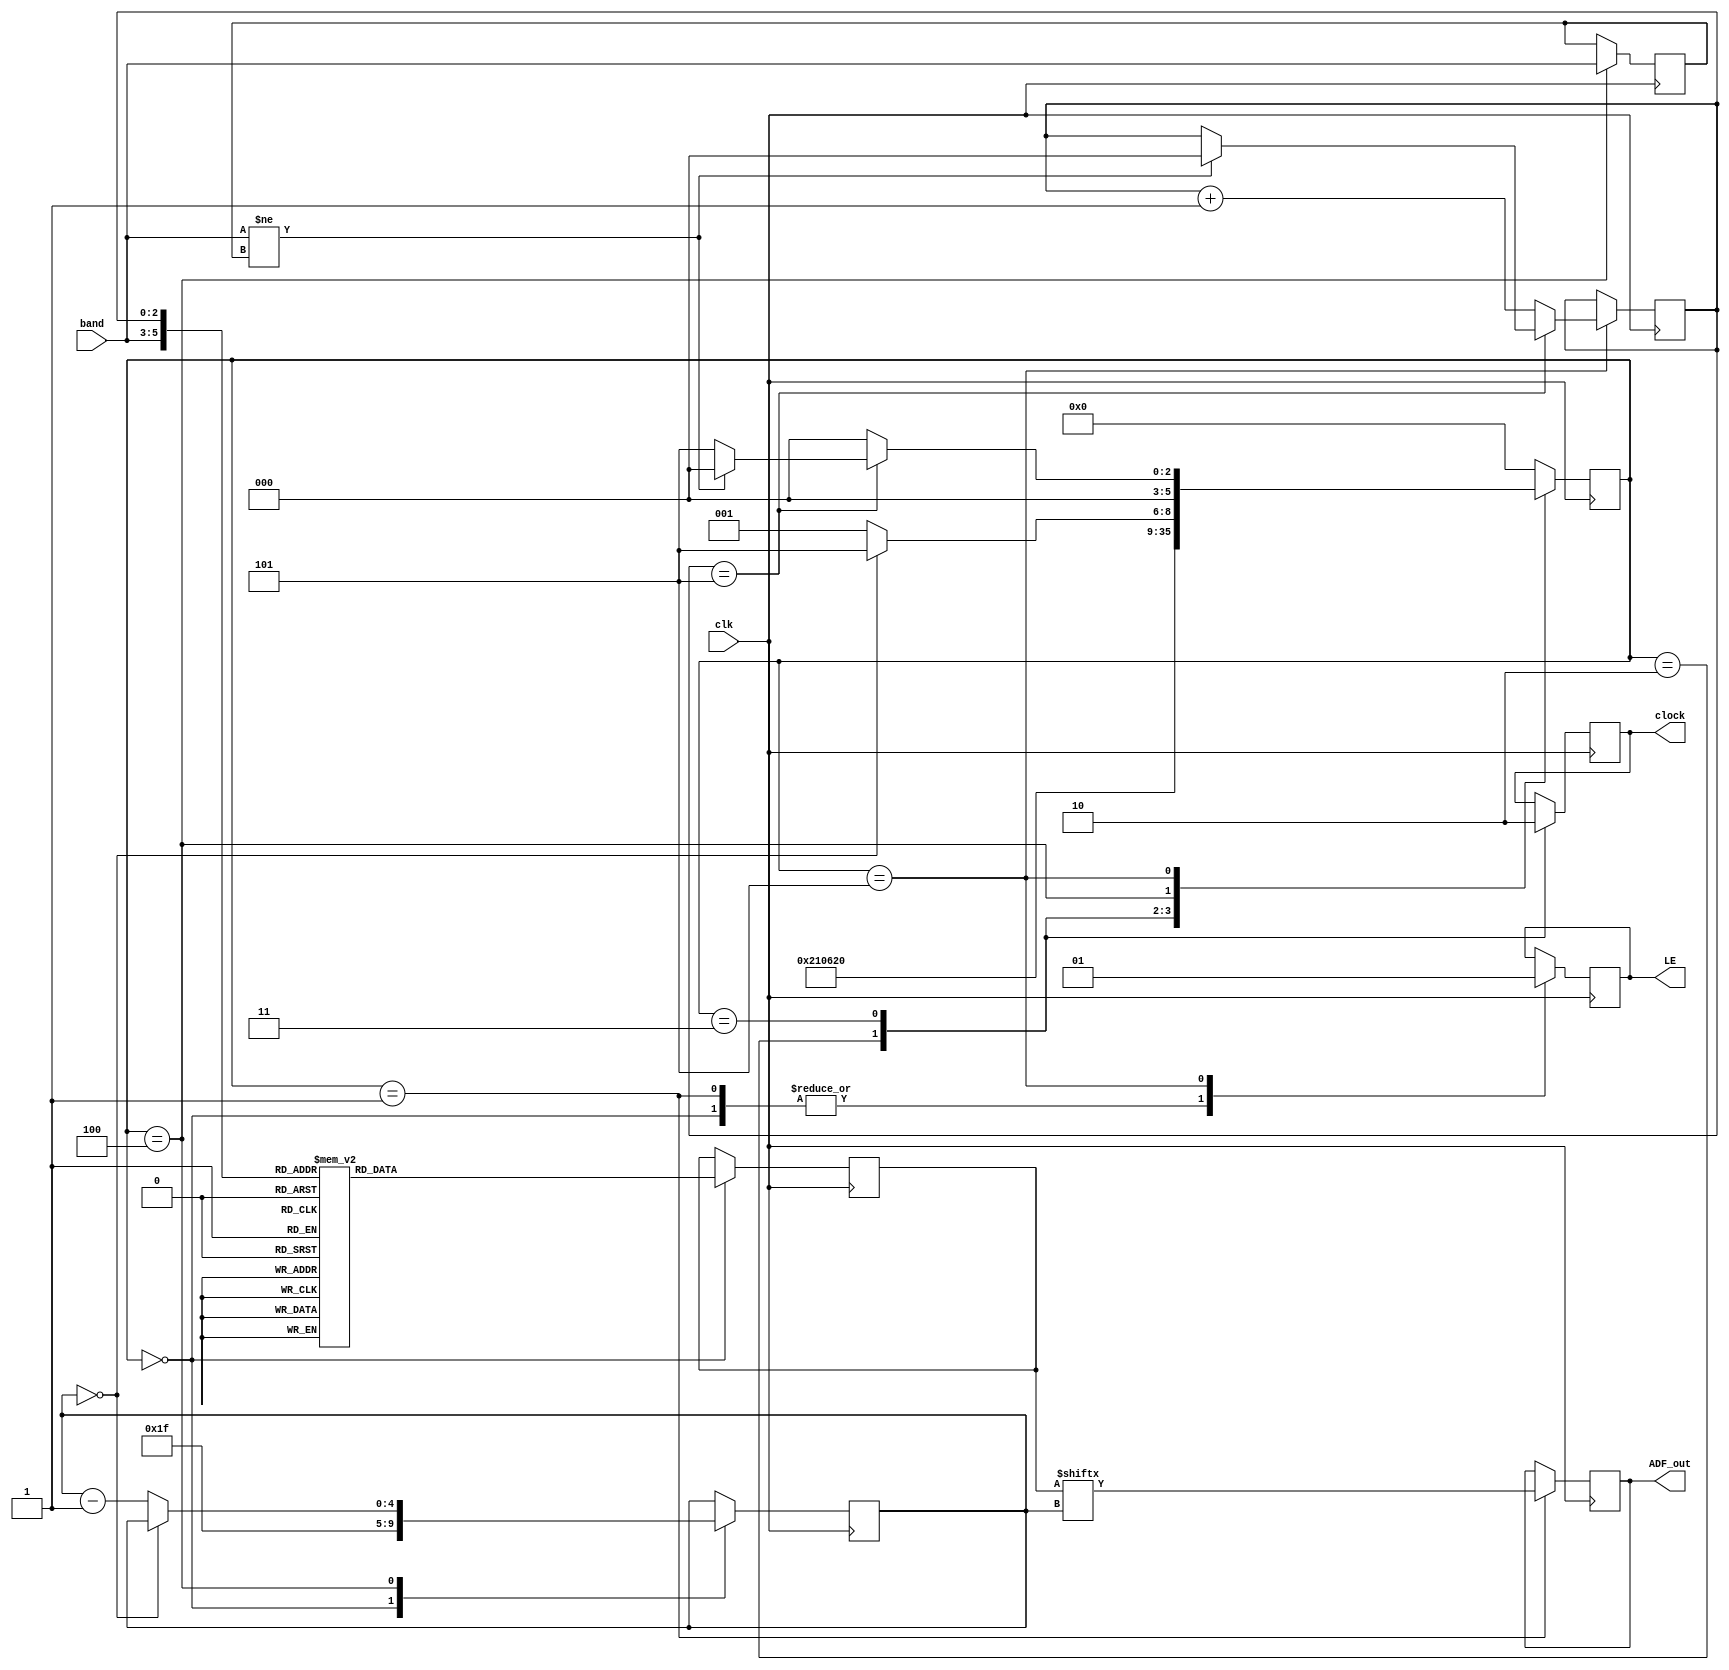
module ADF (clk, band, clock, ADF_out, LE);

input clk;								// 48 kHz

input [2:0]band;						//band data 

output reg clock;							// clock to ADF
output reg LE;						// high when Register data available
output reg ADF_out;						// data to ADF


reg ADF;
reg [5:0] write;
reg [4:0] loop_count;
reg [2:0] previous_band;



// Set up reg data to send 
always @*	
begin
  case (select)
6'b000000: REG_data=32'h580005;
6'b000001: REG_data=32'hEF603C;
6'b000010: REG_data=32'h4B3;
6'b000011: REG_data=32'h10E42;
6'b000100: REG_data=32'h8008061;
6'b000101: REG_data=32'h240058;
6'b001000: REG_data=32'h580005;
6'b001001: REG_data=32'hEF603C;
6'b001010: REG_data=32'h4B3;
6'b001011: REG_data=32'h10E42;
6'b001100: REG_data=32'h8008031;
6'b001101: REG_data=32'h340008;
6'b010000: REG_data=32'h580005;
6'b010001: REG_data=32'hDF603C;
6'b010010: REG_data=32'h4B3;
6'b010011: REG_data=32'h10E42;
6'b010100: REG_data=32'h8008041;
6'b010101: REG_data=32'h3C8038;
6'b011000: REG_data=32'h580005;
6'b011001: REG_data=32'hBF603C;
6'b011010: REG_data=32'h4B3;
6'b011011: REG_data=32'h10E42;
6'b011100: REG_data=32'h80080C1;
6'b011101: REG_data=32'h348028;
6'b100000: REG_data=32'h580005;
6'b100001: REG_data=32'h9F603C;
6'b100010: REG_data=32'h4B3;
6'b100011: REG_data=32'h10E42;
6'b100100: REG_data=32'h8008301;
6'b100101: REG_data=32'h2901A8;
6'b101000: REG_data=32'h580005;
6'b101001: REG_data=32'h9F603C;
6'b101010: REG_data=32'h4B3;
6'b101011: REG_data=32'h10E42;
6'b101100: REG_data=32'h8008601;
6'b101101: REG_data=32'h268148;
6'b110000: REG_data=32'h0;
6'b110001: REG_data=32'h0;
6'b110010: REG_data=32'h0;
6'b110011: REG_data=32'h0;
6'b110100: REG_data=32'h0;
6'b110101: REG_data=32'h0;
6'b111000: REG_data=32'h0;
6'b111001: REG_data=32'h0;
6'b111010: REG_data=32'h0;
6'b111011: REG_data=32'h0;
6'b111100: REG_data=32'h0;
6'b111101: REG_data=32'h0;
  
  default: REG_data = 0;
  endcase
end

always @* select <= {band,load};

reg [5:0] select;
reg   [2:0] load;

reg  [31:0] REG_data;
reg  [31:0] latch_REG_data;
reg   [4:0] bit_cnt;



// Write Operation 
always @ (negedge clk)
begin
  
  case (write)
  4'd0:
  begin
    LE <= 1'b0;        					// set TLV320 CS high
    bit_cnt <= 5'd31;   					// set starting bit count to 15
    latch_REG_data <= REG_data;		// save the current settings
    write <= 4'd1;
    
  end

  4'd1:
  begin
    LE  <= 1'b0;                		// start data transfer with nCS low
    ADF_out <= latch_REG_data[bit_cnt];  			// set data up
    write  <= 4'd2;
  end

  4'd2:
  begin
    clock <= 1'b1;               			// clock data into TLV320
    write  <= 4'd3;
  end

  4'd3:
  begin
    clock <= 1'b0;               			// reset clock
    write  <= 4'd4;
  end

  4'd4:
  begin
    if (bit_cnt == 0) 						// word transfer is complete, check for any more
      write <= 4'd5;
    else
    begin
      bit_cnt <= bit_cnt - 1'b1;
      write <= 4'd1;    						// go round again
    end
    begin 
    previous_band <= band; 	   			// save the current boost setting 
    end 
  end

  4'd5:
  begin
    if (load == 5) begin					
		LE <= 1'b1;        					         
		  if (band != previous_band) begin  
			load <= 0;
			write <= 4'd0;
		  end
	      else write <= 4'd5;     			// hang out here forever
	end
    else begin									// else get next data             	
      LE <= 1'b1;
		write  <= 4'd0;           
      load <= load + 3'b1;  				// select next data word to send
    end
  end
  
  default: write <= 4'd0;
  endcase
end

endmodule